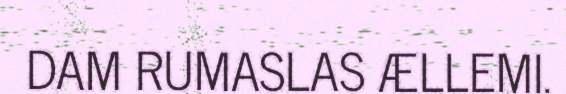
DAM RUMASLAS ÆLLEMI.